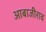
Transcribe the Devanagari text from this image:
आबाजीराव